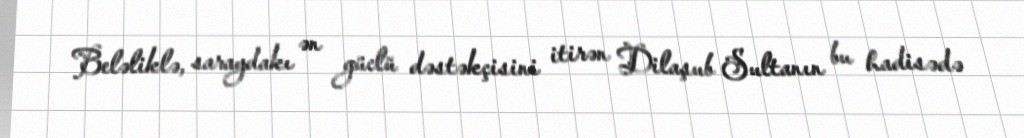
Beləliklə, saraydakı ən güclü dəstəkçisini itirən Dilaşub Sultanın bu hadisədə